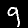
Digit: 9